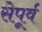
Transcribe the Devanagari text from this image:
सेपूर्व